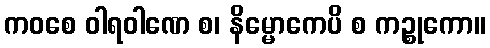
ကဝစေ ဝါရဝါဏေ စ၊ နိမ္မောကေပိ စ ကဉ္စုကော။